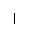
Letter: _alif